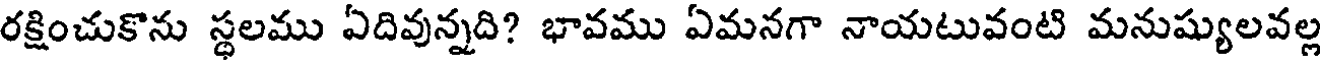
రక్షించుకొను స్థలము ఏదివున్నది? భావము ఏమనగా నాయటువంటి మనుష్యులవల్ల